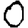
Digit: 0